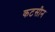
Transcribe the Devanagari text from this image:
कटसीन